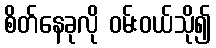
စိတ်နေခုလို ဝမ်းဝယ်သို၍